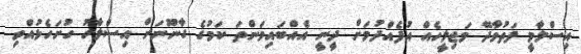
އިސްލާމީ ފަތުވާދޭ މަޖިލީހެއް އުފެއްދުމަށް ދީނީ އެއްބައިވަންތަ ކަމުގެ ގާނޫނަށް އިސްލާހު ހުށަހެޅުއްވި